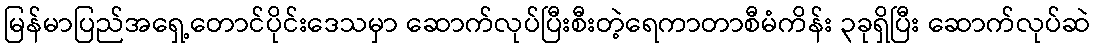
မြန်မာပြည်အရှေ့တောင်ပိုင်းဒေသမှာ ဆောက်လုပ်ပြီးစီးတဲ့ရေကာတာစီမံကိန်း ၃ခုရှိပြီး ဆောက်လုပ်ဆဲ